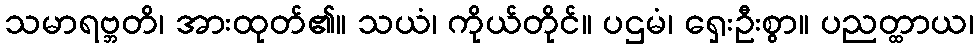
သမာရဗ္ဘတိ၊ အားထုတ်၏။ သယံ၊ ကိုယ်တိုင်။ ပဌမံ၊ ရှေးဦးစွာ။ ပညတ္ထာယ၊